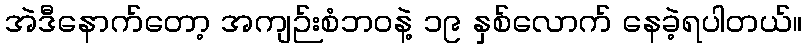
အဲဒီနောက်တော့ အကျဉ်းစံဘဝနဲ့ ၁၉ နှစ်လောက် နေခဲ့ရပါတယ်။